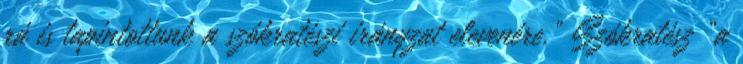
rá is tapintottunk a szókratészi irányzat elevenére.” Szókratész „a